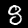
Label: 8